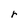
Character: r